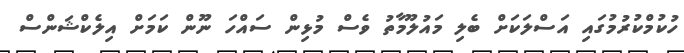
ހުކުމްކުރުމުގައި އަސްލަކަށް ބެލި މައުލޫމާތު ވެސް މުޅިން ސައްހަ ނޫން ކަމަށް އިލެކްޝަންސް